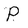
Character: P